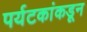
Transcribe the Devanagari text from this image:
पर्यटकांकडून